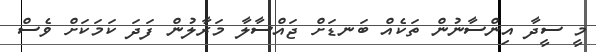
މީ ސީދާ އިންސާނުން ތަކެއް ބަނޑަށް ޖައްްސާލާ މަރާލުން ފަދަ ކަމަކަށް ވެސް